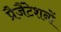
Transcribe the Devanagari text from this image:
प्रैजैंटेशनों